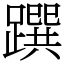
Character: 䠣